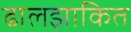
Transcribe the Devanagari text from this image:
ढालझाकित